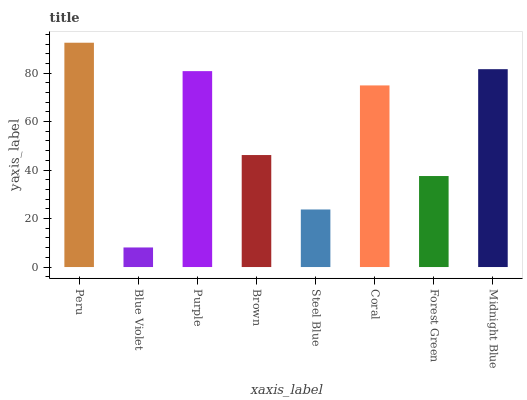
| xaxis_label | bars |
 | --- | --- |
 | Peru | 92.5 |
 | Blue Violet | 8.08 |
 | Purple | 80.8 |
 | Brown | 46.2 |
 | Steel Blue | 23.7 |
 | Coral | 74.9 |
 | Forest Green | 37.5 |
 | Midnight Blue | 81.6 |